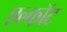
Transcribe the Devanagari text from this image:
एल्कॉट